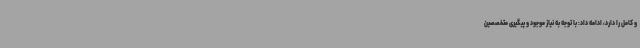
و کامل را دارد، ادامه داد: با توجه به نیاز موجود و پیگیری متخصصین